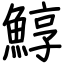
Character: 鯙